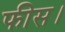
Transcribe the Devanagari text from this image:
फीस।